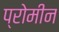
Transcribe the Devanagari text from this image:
प्रोमीन